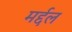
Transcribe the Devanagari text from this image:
मर्द्दल